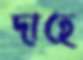
দাহে